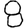
Digit: 8